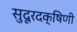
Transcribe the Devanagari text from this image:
सुदूरदक्षिणी